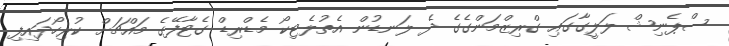
ސްޕެނިޝް ލަލީގާގައި ގްރިޒްމަންގެގެ ދެ ލަނޑުން އެތުލެޓިކޯ މެޑްރިޑް ގެޓާފޭގެ މައްޗަށް ކުރިހޯދައިފި